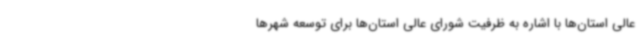
عالی استان‌ها با اشاره به ظرفیت شورای عالی استان‌ها برای توسعه شهرها